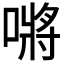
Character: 𭊟